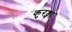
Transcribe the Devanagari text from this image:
कुरङ्गाः